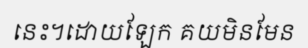
នេះ។ដោយឡែក គយមិនមែន